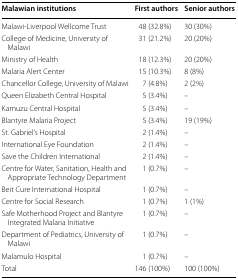
<table><thead><tr><td><b>Malawian institutions</b></td><td><b>First authors</b></td><td><b>Senior authors</b></td></tr></thead><tbody><tr><td>Malawi-Liverpool Wellcome Trust</td><td>48 (32.8%)</td><td>30 (30%)</td></tr><tr><td>College of Medicine, University of Malawi</td><td>31 (21.2%)</td><td>20 (20%)</td></tr><tr><td>Ministry of Health</td><td>18 (12.3%)</td><td>20 (20%)</td></tr><tr><td>Malaria Alert Center</td><td>15 (10.3%)</td><td>8 (8%)</td></tr><tr><td>Chancellor College, University of Malawi</td><td>7 (4.8%)</td><td>2 (2%)</td></tr><tr><td>Queen Elizabeth Central Hospital</td><td>5 (3.4%)</td><td>–</td></tr><tr><td>Kamuzu Central Hospital</td><td>5 (3.4%)</td><td>–</td></tr><tr><td>Blantyre Malaria Project</td><td>5 (3.4%)</td><td>19 (19%)</td></tr><tr><td>St. Gabriel’s Hospital</td><td>2 (1.4%)</td><td>–</td></tr><tr><td>International Eye Foundation</td><td>2 (1.4%)</td><td>–</td></tr><tr><td>Save the Children International</td><td>2 (1.4%)</td><td>–</td></tr><tr><td>Centre for Water, Sanitation, Health and Appropriate Technology Department</td><td>1 (0.7%)</td><td>–</td></tr><tr><td>Beit Cure International Hospital</td><td>1 (0.7%)</td><td>–</td></tr><tr><td>Centre for Social Research</td><td>1 (0.7%)</td><td>1 (1%)</td></tr><tr><td>Safe Motherhood Project and Blantyre Integrated Malaria Initiative</td><td>1 (0.7%)</td><td>–</td></tr><tr><td>Department of Pediatrics, University of Malawi</td><td>1 (0.7%)</td><td>–</td></tr><tr><td>Malamulo Hospital</td><td>1 (0.7%)</td><td>–</td></tr><tr><td>Total</td><td>146 (100%)</td><td>100 (100%)</td></tr></tbody></table>